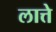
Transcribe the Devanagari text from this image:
लात्ते